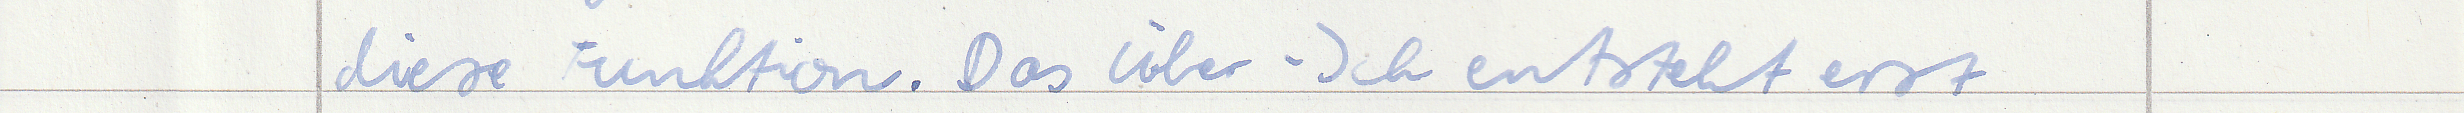
diese Funktion. Das Über-Ich entsteht erst